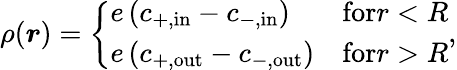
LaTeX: \rho(\boldsymbol{r})=\left\{ \begin{array}{ll}{e\left(c_{\mathrm{+,in}}-c_{\mathrm{-,in}}\right)}&{\textrm{for}r<R}\\ {e\left(c_{\mathrm{+,out}}-c_{\mathrm{-,out}}\right)}&{\textrm{for}r>R}\end{array}\right.,